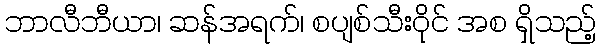
ဘာလီဘီယာ၊ ဆန်အရက်၊ စပျစ်သီးဝိုင် အစ ရှိသည့်